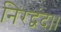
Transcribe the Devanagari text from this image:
निरद्वंद।।